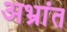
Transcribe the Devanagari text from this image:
अभ्रांत